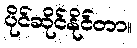
ပိုင်ဆိုင်နိုင်တာ။